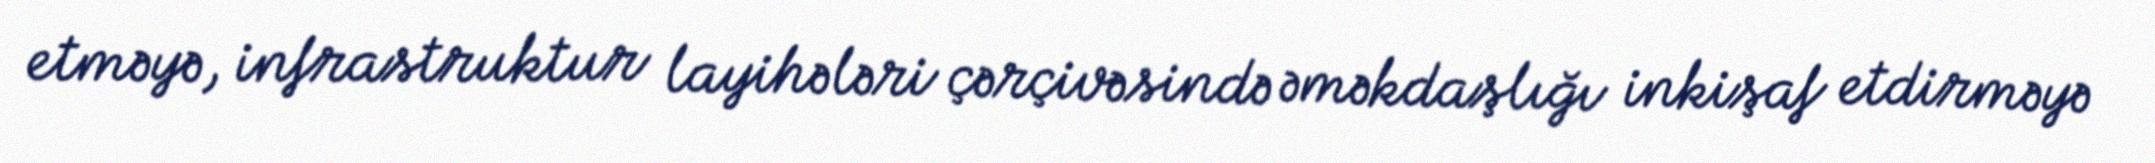
etməyə, infrastruktur layihələri çərçivəsində əməkdaşlığı inkişaf etdirməyə